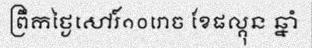
ព្រឹកថ្ងៃសៅរ៍១០រោច ខែផល្គុន ឆ្នាំ